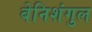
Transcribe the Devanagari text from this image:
बेनिशंगुल